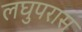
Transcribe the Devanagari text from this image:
लघुपरास